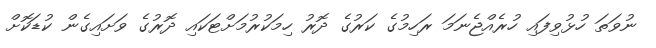
ނުވަތަ ހުޅުވިފައި ހުރެއްޖެނަމަ ރަހިމުގެ ކަރުގެ ދޮރު ހިމަކުރުމަށްޓަކައި ދޮރުގެ ވަށައިގެން ކުޑަކޮށް